Annual report on the health of the army in India
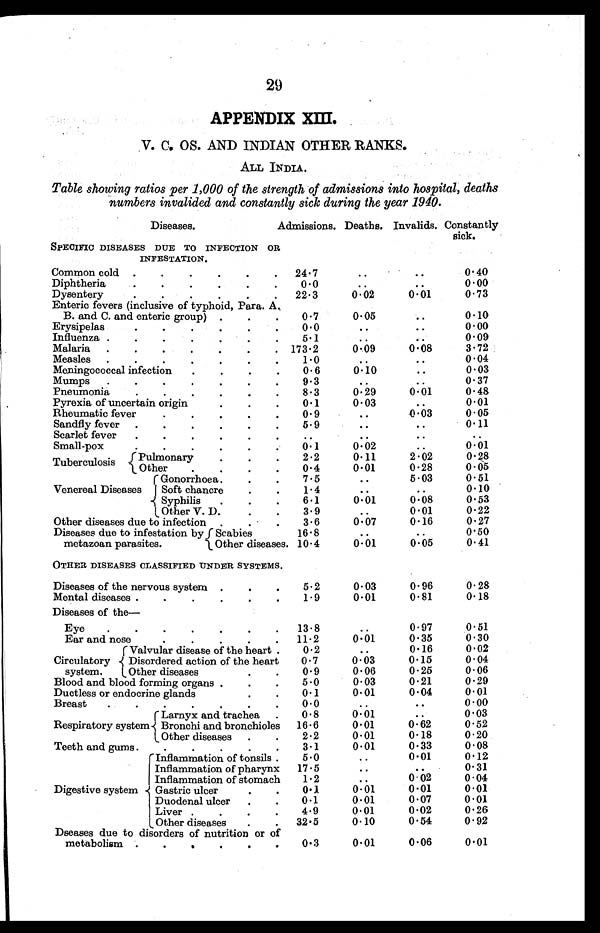
29
APPENDIX XIII.
V. C. OS. AND INDIAN OTHER RANKS.
ALL INDIA.
Table showing ratios per 1,000 of the strength of admissions into hospital, deaths
numbers invalided and constantly sick during the year 1940.
Diseases.
Admissions. Deaths. Invalids. Constantly
sick.
SPECIFIC DISEASES DUE TO INFECTION OR
INFESTATION.
Common cold . . . . . .
24. 7
..
..
0.40
Diphtheria
. . . . .
0.0
..
..
0.00
Dysentery
. . . . . .
22. 3
0.02
0.01
0.73
Enteric fevers (inclusive of typhoid, Para. A,
B. and C. and enteric group) . . .
0.7
0.05
..
0.10
Erysipelas
0.0
. .
..
0.00
Influenza . . . . . . .
5.1 ..
..
0.09
Malaria . . . . . . .
173. 2
0.09
0.08
3.72
Measles . . . . . . .
1.0
. .
...
0.04
Meningococcal infection
. . . .
0.6
0.10
..
0.03
Mumps . . . . . . .
9.3
. .
..
0.37
Pneumonia
. . . . . .
8.3
0.29
0.01
0.48
Pyrexia of uncertain origin
. . .
0.1
0.03
..
0.01
Rheumatic fever
. . . . .
0.9
. .
0.03
0.05
Sandfly fever . . . . . .
5.9
. .
..
0.11
Scarlet fever
. . . . . .
. .
. .
..
. .
Small-pox.
. . .
0. 1
0.02
..
0.01
0.28
Tuberculosis
Pulmonary
. . .
2.2
0.11
2.02
Other
. . . .
0.4
0.01
0.28
0.05
Venereal Diseases
Gonorrhoea . . .
7.5
. .
5.03
0.51
Soft chancre
. .
1.4
. .
..
0.10
Syphilis
. . .
6.1
0.01
0.08
0.53
Other V. D. . .
3.9
. .
0.01
0.22
Other diseases due to infection . . .
3.6
0.07
0.16
0.27
Diseases due to infestation by
metazoan parasites.
Scabies
16.8
. .
..
0.50
Other diseases. 10. 4
0.01
0.05
0.41
OTHER DISEASES CLASSIFIED UNDER SYSTEMS.
Diseases of the nervous system . . .
5.2
0.03
0.96
0.28
Mental diseases . . . . . .
1.9
0.01
0.81
0.18
Diseases of the-
Eye
. . . . . . .
13.8
. .
0.97
0.51
Ear and nose.
11. 2
0.01
0.35
0.30
Circulatory
system.
Valvular disease of the heart .
0.2
. .
0.16
0.02
Disordered action of the heart
0.7
0.03
0.15
0.04
Other diseases
. .
0.9
0.06
0.25
0.06
Blood and blood forming organs . . .
5.0
0.03
0.21
0.29
Ductless or endocrine glands
. .
0.1
0.01
0.04
0.01
Breast
. . . . . . .
0.0
. .
..
0.00
Respiratory system.
Larnyx and trachea.
0.8
0.01 ..
0.03
Bronchi and bronchioles 16. 6
0.01
0.62
0.52
Other diseases . .
2.2
0.01
0.18
0.20
Teeth and gums.
. . . . .
3.1
0.01
0.33
0.08
Digestive system
Inflammation of tonsils .
5.0
. .
0.01
0.12
Inflammation of pharynx 17. 5
. .
..
0.31
Inflammation of stomach
1.2
. .
0.02
0.04
Gastric ulcer
. .
0. 1
0.01
0.01
0.01
Duodenal ulcer . .
0.1
0.01
0.07
0.01
Liver . . . .
4.9
0.01
0.02
0.26
Other diseases
. .
32. 5
0.10
0.54
0.92
Dseases due to disorders of nutrition or of
metabolism . . . . . .
0.3
0.01
0.06
0.01